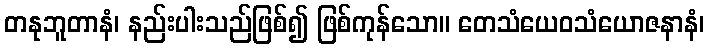
တနုဘူတာနံ၊ နည်းပါးသည်ဖြစ်၍ ဖြစ်ကုန်သော။ တေသံယေဝသံယောဇနာနံ၊